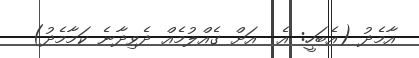
އާމެދު (އެބަހީ: އެ  އަށް ގެއްލުމެއް ދެވިދާނެ ކަމާމެދު)